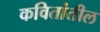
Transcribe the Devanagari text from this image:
कवितांतील